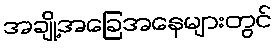
အချို့အခြေအနေများတွင်